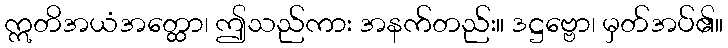
ဣတိအယံအတ္ထော၊ ဤသည်ကား အနက်တည်း။ ဒဋ္ဌဗ္ဗော၊ မှတ်အပ်၏။